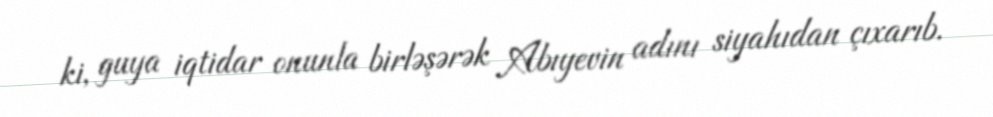
ki, guya iqtidar onunla birləşərək Abıyevin adını siyahıdan çıxarıb.